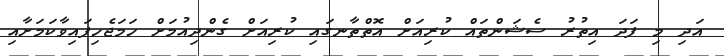
އަދި މި ފަދަ އިތުރު ސެޝަންތައް ކުރިއަށް އޮތްތާނގައި ކުރިއަށް ގެންދިއުމަށް ހަމަޖެހިފައިވާކަމަށާއި